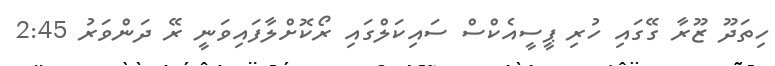
ހިތަދޫ ޒޫރާ ގޭގައި ހުރި ޕީސީއެކްސް ސައިކަލްގައި ރޯކޮށްލާފައިވަނީ ރޭ ދަންވަރު 2:45